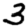
Digit: 3